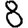
Digit: 8